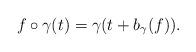
LaTeX: \begin{align*} f\circ\gamma(t) = \gamma(t + b_\gamma(f)). \end{align*}